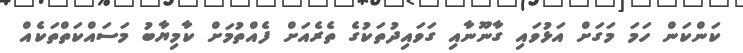
ކަންކަން ހަމަ މަގަށް އަޅުވައި ގާނޫނާއި ގަވައިދުތަކުގެ ތެރެއަށް ފެއްތުމަށް ކާމިޔާބު މަސައްކަތްތަކެއް